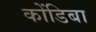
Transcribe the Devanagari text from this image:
कोंडिबा